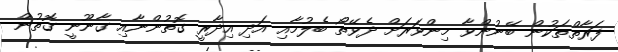
ފަރާތްތަކުން ބޭނުންވާ މިންވަރަށް ދެވޭތޯ ބެލުމާއި އަދި އިދާރީ ގޮތުންނާއި ގާނޫނީ ގޮތުން